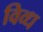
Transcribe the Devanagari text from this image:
विव्ध